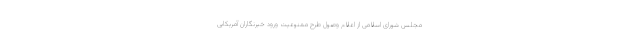
مجلس شورای اسلامی از اعلام وصول طرح ممنوعیت ورود خبرنگاران آمریکایی